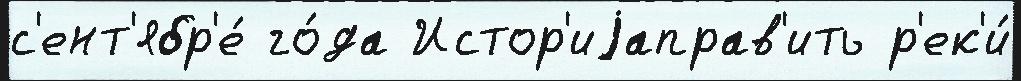
с'ент'ябр'е́ го́да Истор'иjаправ'ить р'ек'и́